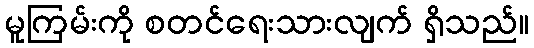
မူကြမ်းကို စတင်ရေးသားလျက် ရှိသည်။